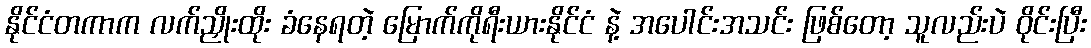
နိုင်ငံတကာက လက်ညှိုးထိုး ခံနေရတဲ့ မြောက်ကိုရီးယားနိုင်ငံ နဲ့ အပေါင်းအသင်း ဖြစ်တော့ သူလည်းပဲ ဝိုင်းပြီး